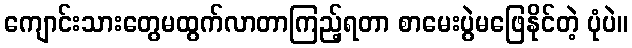
ကျောင်းသားတွေမထွက်လာတာကြည့်ရတာ စာမေးပွဲမဖြေနိုင်တဲ့ ပုံပဲ။